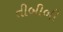
તીબીબી